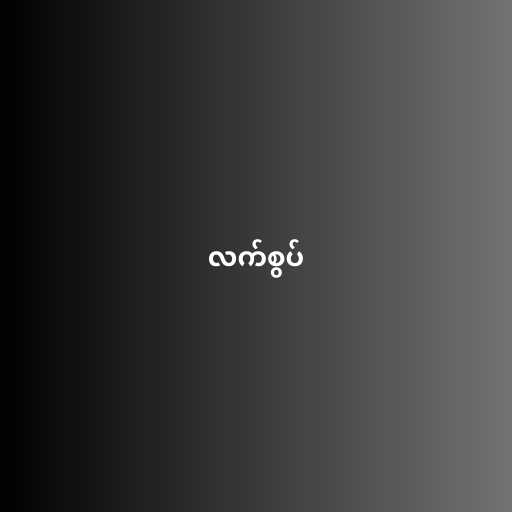
လက်စွပ်